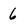
Character: 6